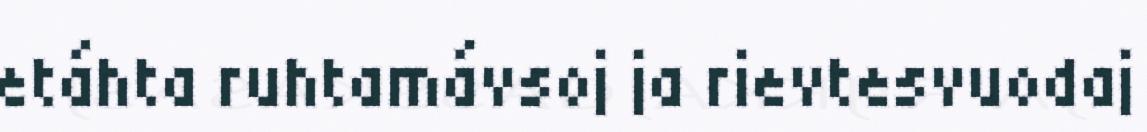
etáhta ruhtamávsoj ja rievtesvuodaj